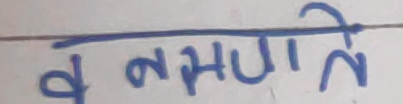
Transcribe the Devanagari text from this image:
वनगणते